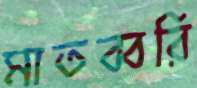
মাতব্বরি